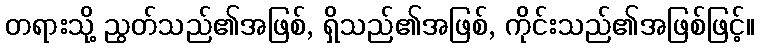
တရားသို့ ညွတ်သည်၏အဖြစ်, ရှိသည်၏အဖြစ်, ကိုင်းသည်၏အဖြစ်ဖြင့်။